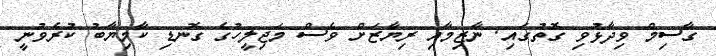
ގާސިމް ވިދާޅުވި ގޮތުގައި